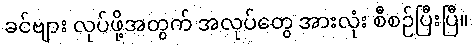
ခင်ဗျား လုပ်ဖို့အတွက် အလုပ်တွေ အားလုံး စီစဉ်ပြီးပြီ။